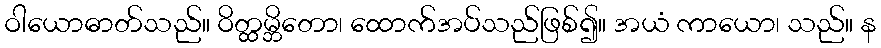
ဝါယောဓာတ်သည်။ ဝိတ္ထမ္ဘိတော၊ ထောက်အပ်သည်ဖြစ်၍။ အယံ ကာယော၊ သည်။ န